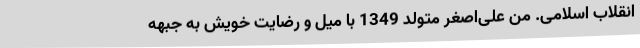
انقلاب اسلامی. من علی‌اصغر متولد 1349 با میل و رضایت خویش به جبهه